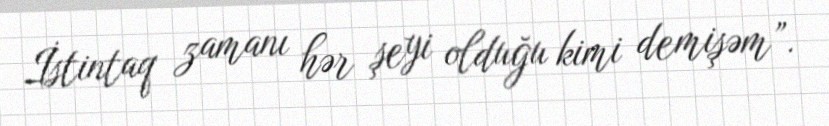
İstintaq zamanı hər şeyi olduğu kimi demişəm”.